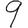
Digit: 9